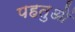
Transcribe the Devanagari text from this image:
पहतुओं